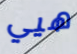
هيي